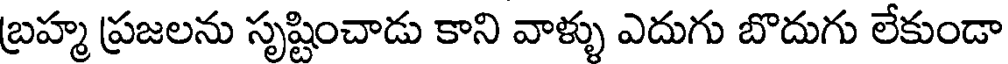
బ్రహ్మ ప్రజలను సృష్టించాడు కాని వాళ్ళు ఎదుగు బొదుగు లేకుండా